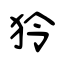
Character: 狑